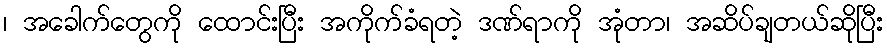
၊ အခေါက်တွေကို ထောင်းပြီး အကိုက်ခံရတဲ့ ဒဏ်ရာကို အုံတာ၊ အဆိပ်ချတယ်ဆိုပြီး